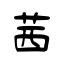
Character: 茜